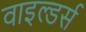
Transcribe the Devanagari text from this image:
वाइल्डर्स